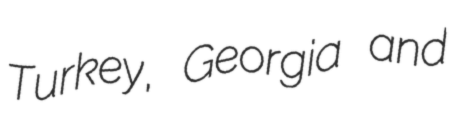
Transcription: Turkey, Georgia and